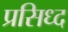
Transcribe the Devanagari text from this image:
प्रसिध्‍द